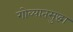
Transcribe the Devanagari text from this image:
गोव्यातसुद्धा